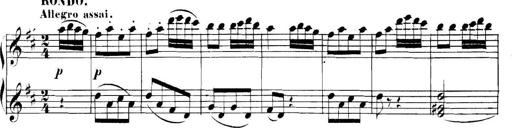
Title: Collected Piano Sonatas
Composer: Muzio Clementi